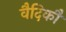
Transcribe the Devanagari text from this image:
वैदिकौं